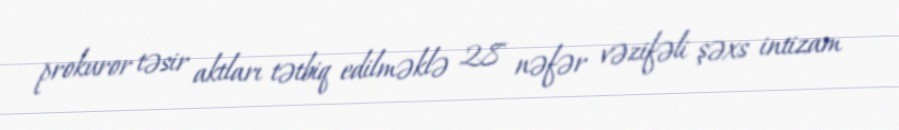
prokuror təsir aktları tətbiq edilməklə 28 nəfər vəzifəli şəxs intizam